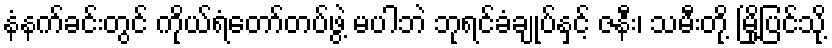
နံနက်ခင်းတွင် ကိုယ်ရံတော်တပ်ဖွဲ့ မပါဘဲ ဘုရင်ခံချုပ်နှင့် ဇနီး၊ သမီးတို့ မြို့ပြင်သို့